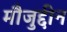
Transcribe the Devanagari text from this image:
मौजुद्दीन